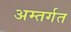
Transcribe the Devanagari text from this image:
अम्तर्गत